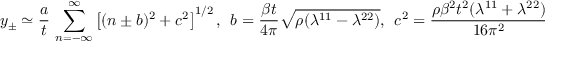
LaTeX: y _ { \pm } \simeq \frac { a } { t } \, \sum _ { n = - \infty } ^ { \infty } \left[ ( n \pm b ) ^ { 2 } + c ^ { 2 } \right] ^ { 1 / 2 } , \ \ b = \frac { \beta t } { 4 \pi } \sqrt { \rho ( \lambda ^ { 1 1 } - \lambda ^ { 2 2 } ) } , \ \ c ^ { 2 } = \frac { \rho \beta ^ { 2 } t ^ { 2 } ( \lambda ^ { 1 1 } + \lambda ^ { 2 2 } ) } { 1 6 \pi ^ { 2 } } \simeq \frac { \alpha _ { 0 } ^ { 2 } } { 1 6 \pi ^ { 2 } } .